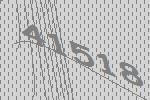
41518